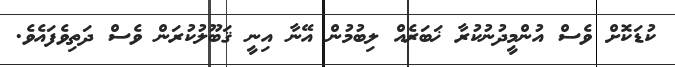
ކުޑަކޮށް ވެސް އުންމީދުނުކުރާ ޚަބަރެއް ލިބުމުން އޭނާ އިނީ ޤަބޫލުކުރަން ވެސް ދަތިވެފައެވެ.